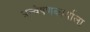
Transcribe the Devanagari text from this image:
अन्वेषणकार्याला